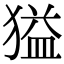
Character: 獈